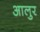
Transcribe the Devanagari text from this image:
आलुर